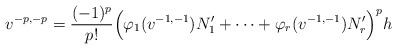
\begin{align*} v^{-p,-p} = \frac{(-1)^p}{p!} \Bigl( \varphi_1(v^{-1,-1}) N_1' + \dotsb +\varphi_r(v^{-1,-1}) N_r' \Bigr)^p h\end{align*}